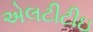
એલટીટીઇ